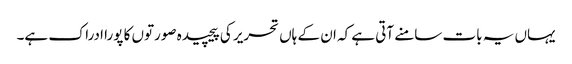
یہاں یہ بات سامنے آتی ہے کہ ان کے ہاں تحریر کی پیچیدہ صورتوں کا پورا ادراک ہے۔